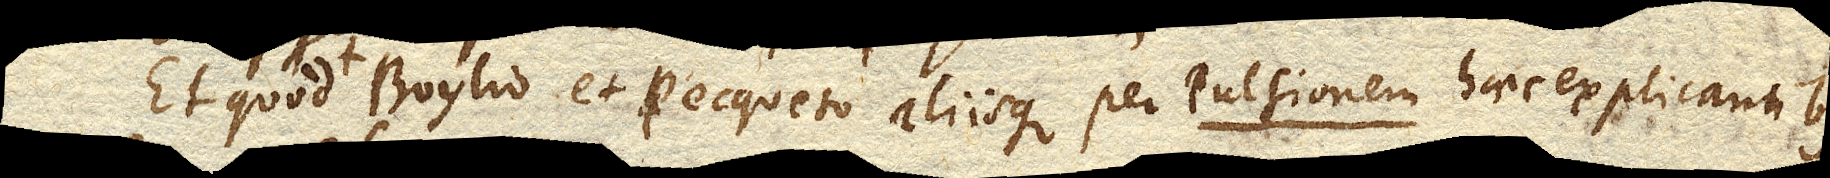
Et quod Boylio et Pecqueto aliisque per Pulsionem haec explicantibus